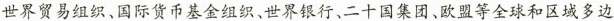
世界贸易组织、国际货币基金组织、世界银行、二十国集团、欧盟等全球和区域多边